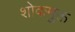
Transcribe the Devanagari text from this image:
शोकमुक्त